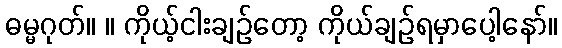
ဓမ္မဂုတ်။ ။ ကိုယ့်ငါးချဉ်တော့ ကိုယ်ချဉ်ရမှာပေါ့နော်။